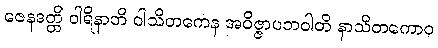
ဇေနဒတ္တိ ဝါရိနာတိ ဝါသိတကေန အဝိဇ္ဇာပဘဝါတိ နာသိတကောဝ